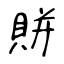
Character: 賆